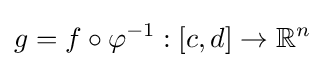
g=f\circ \varphi ^{-1}:[c,d]\to \mathbb {R} ^{n}